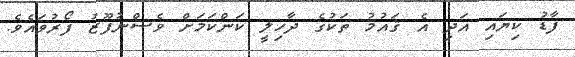
ފާޑު ކިޔައި އަދި އެ ޤައުމު ތަކުގެ ދާޚިލީ ކަންކަމަށް ވެސްނުފޫޒު ފޯރުވައެވެ.